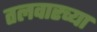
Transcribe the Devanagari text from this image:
तलवारच्या